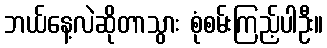
ဘယ်နေ့လဲဆိုတာသွား စုံစမ်းကြည့်ပါဦး။